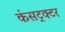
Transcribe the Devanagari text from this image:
कंसट्रक्टर